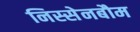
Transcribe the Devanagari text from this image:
निस्सेनबौम